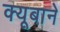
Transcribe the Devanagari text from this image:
क्यूबाने